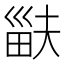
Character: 𤱽